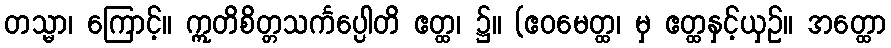
တသ္မာ၊ ကြောင့်။ ဣတိစိတ္တသင်္ကပ္ပေါတိ ဧတ္ထ၊ ၌။ (ဧဝမေတ္ထ၊ မှ ဧတ္ထနှင့်ယှဉ်။ အတ္ထော